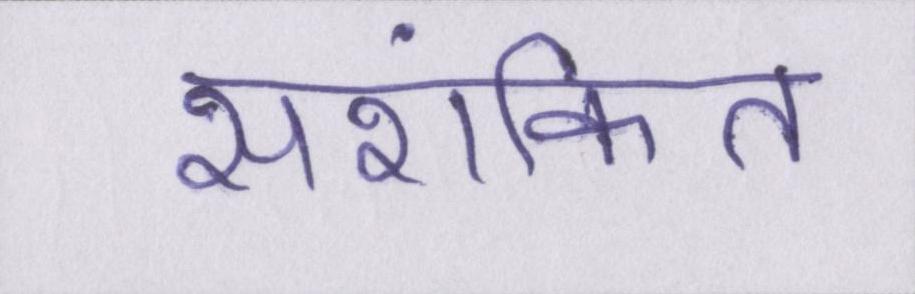
सशंकित